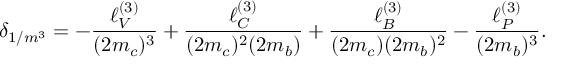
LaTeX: \delta _ { 1 / m ^ { 3 } } = - \frac { \ell _ { V } ^ { ( 3 ) } } { ( 2 m _ { c } ) ^ { 3 } } + \frac { \ell _ { C } ^ { ( 3 ) } } { ( 2 m _ { c } ) ^ { 2 } ( 2 m _ { b } ) } + \frac { \ell _ { B } ^ { ( 3 ) } } { ( 2 m _ { c } ) ( 2 m _ { b } ) ^ { 2 } } - \frac { \ell _ { P } ^ { ( 3 ) } } { ( 2 m _ { b } ) ^ { 3 } } .